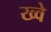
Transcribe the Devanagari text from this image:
ख्वे